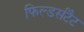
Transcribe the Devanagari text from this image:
फिल्डर्सटैट